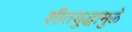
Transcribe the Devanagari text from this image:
शीतयुद्धामुळे